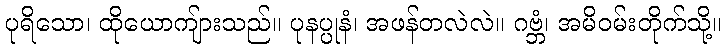
ပုရိသော၊ ထိုယောကျ်ားသည်။ ပုနပ္ပုနံ၊ အဖန်တလဲလဲ။ ဂဗ္ဘံ၊ အမိဝမ်းတိုက်သို့။